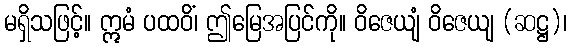
မရှိသဖြင့်။ ဣမံ ပထဝိံ၊ ဤမြေအပြင်ကို။ ဝိဇေယျံ ဝိဇေယျ (ဆဋ္ဌ)၊